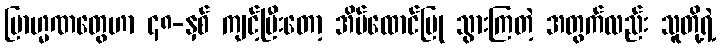
ဗြာဟ္မဏတွေဟာ ၄၈-နှစ် ကျင့်ပြီးတော့ အိမ်ထောင်ပြု သွားကြတဲ့ အတွက်လည်း သူတို့ရဲ့